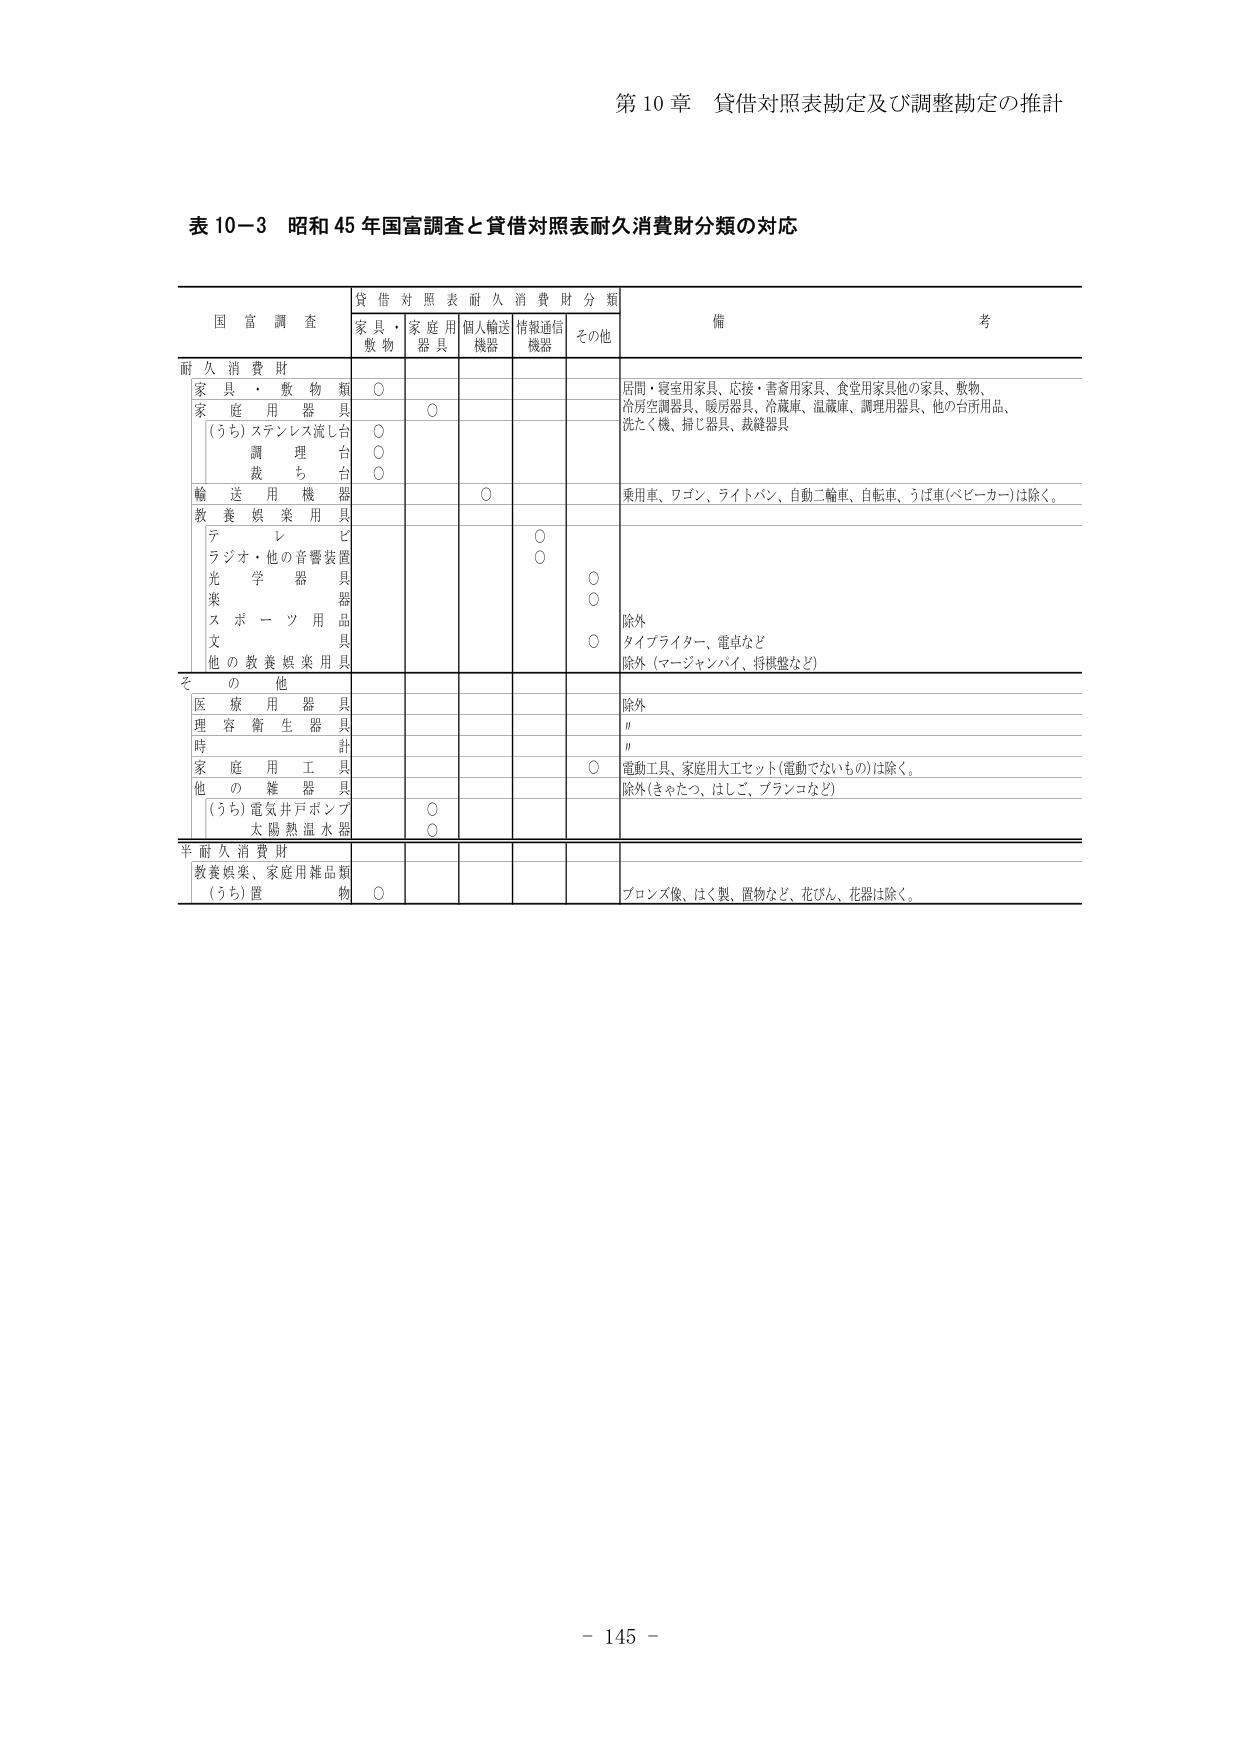
第10章 貸借対照表勘定及び調整勘定の推計

表10-3 昭和45年国富調査と貸借対照表耐久消費財分類の対応

国富調査 貸借対照表耐久消費財分類 備考
家具・敷物 家庭用器具 個人輸送機器 情報通信機器 その他

耐久消費財
家具・敷物類 ○ 居間・寝室用家具、応接・書斎用家具、食堂用家具他の家具、敷物、
家庭用器具 ○ 冷房空調器具、暖房器具、冷蔵庫、温蔵庫、調理用器具、他の台所用品、
(うち)ステンレス流し台 ○ 洗たく機、掃じ器具、裁縫器具
調理台 ○
裁ち台 ○
輸送用機器 ○ 乗用車、ワゴン、ライトバン、自動二輪車、自転車、うば車(ベビーカー)は除く。
教養娯楽用具
テレビ ○
ラジオ・他の音響装置 ○
光学器具 ○
楽器 ○
スポーツ用品 ○ 除外
文具 ○ タイプライター、電卓など
他の教養娯楽用具 除外（マージャンパイ、将棋盤など）

その他
医療用器具 除外
理容衛生器具 "
時計 "
家庭用工具 ○ 電動工具、家庭用大工セット(電動でないもの)は除く。
他の雑器具 除外(きゃたつ、はしご、プランコなど)
(うち)電気井戸ポンプ ○
太陽熱温水器 ○

半耐久消費財
教養娯楽、家庭用雑品類
(うち)置物 ○ ブロンズ像、はく製、置物など、花びん、花器は除く。

- 145 -